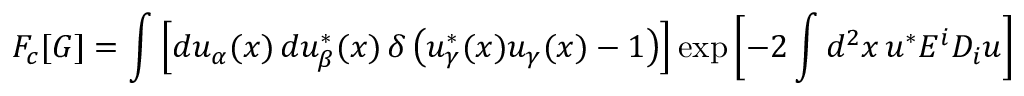
F _ { c } [ G ] = \int \left[ d u _ { \alpha } ( x ) \, d u _ { \beta } ^ { * } ( x ) \, \delta \left( u _ { \gamma } ^ { * } ( x ) u _ { \gamma } ( x ) - 1 \right) \right] \exp \left[ - 2 \int d ^ { 2 } x \, u ^ { * } E ^ { i } D _ { i } u \right]